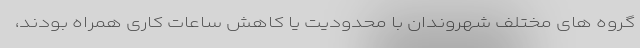
گروه های مختلف شهروندان با محدودیت یا کاهش ساعات کاری همراه بودند،